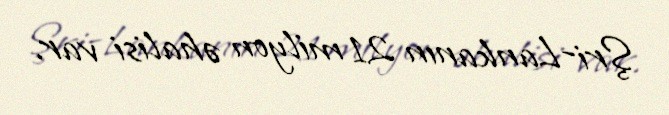
Şri-Lankanın 21 milyon əhalisi var.